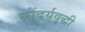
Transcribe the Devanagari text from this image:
सौंदर्यवृद्धी